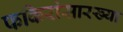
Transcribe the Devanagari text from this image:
फकिरांसारख्या